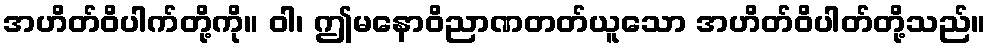
အဟိတ်ဝိပါက်တို့ကို။ ဝါ၊ ဤမနောဝိညာဏတတ်ယူသော အဟိတ်ဝိပါတ်တို့သည်။